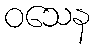
ဝသေန